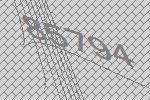
85794